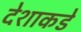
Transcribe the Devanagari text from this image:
देशाकडे